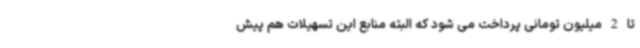
تا 2 میلیون تومانی پرداخت می شود که البته منابع این تسهیلات هم پیش